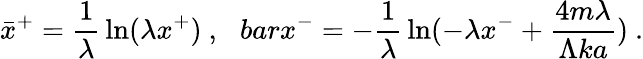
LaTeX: \bar{x}^{+}={\frac{1}{\lambda}}\ln(\lambda x^{+})\ ,\ \ \, barx^{-}=-{\frac{1}{\lambda}}\ln(-\lambda x^{-}+{\frac{4m\lambda}{\Lambda ka}})\ .